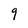
Character: 9